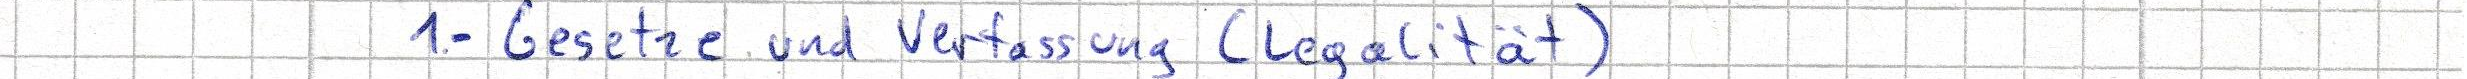
1.- Gesetze und Verfassung (Legalität)